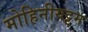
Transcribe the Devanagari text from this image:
मोहिनीयट्टम